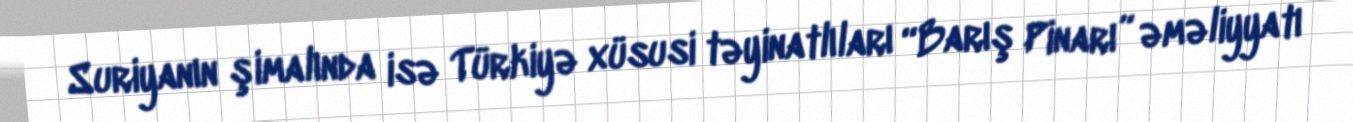
Suriyanın şimalında isə Türkiyə xüsusi təyinatlıları “Barış Pinarı” əməliyyatı